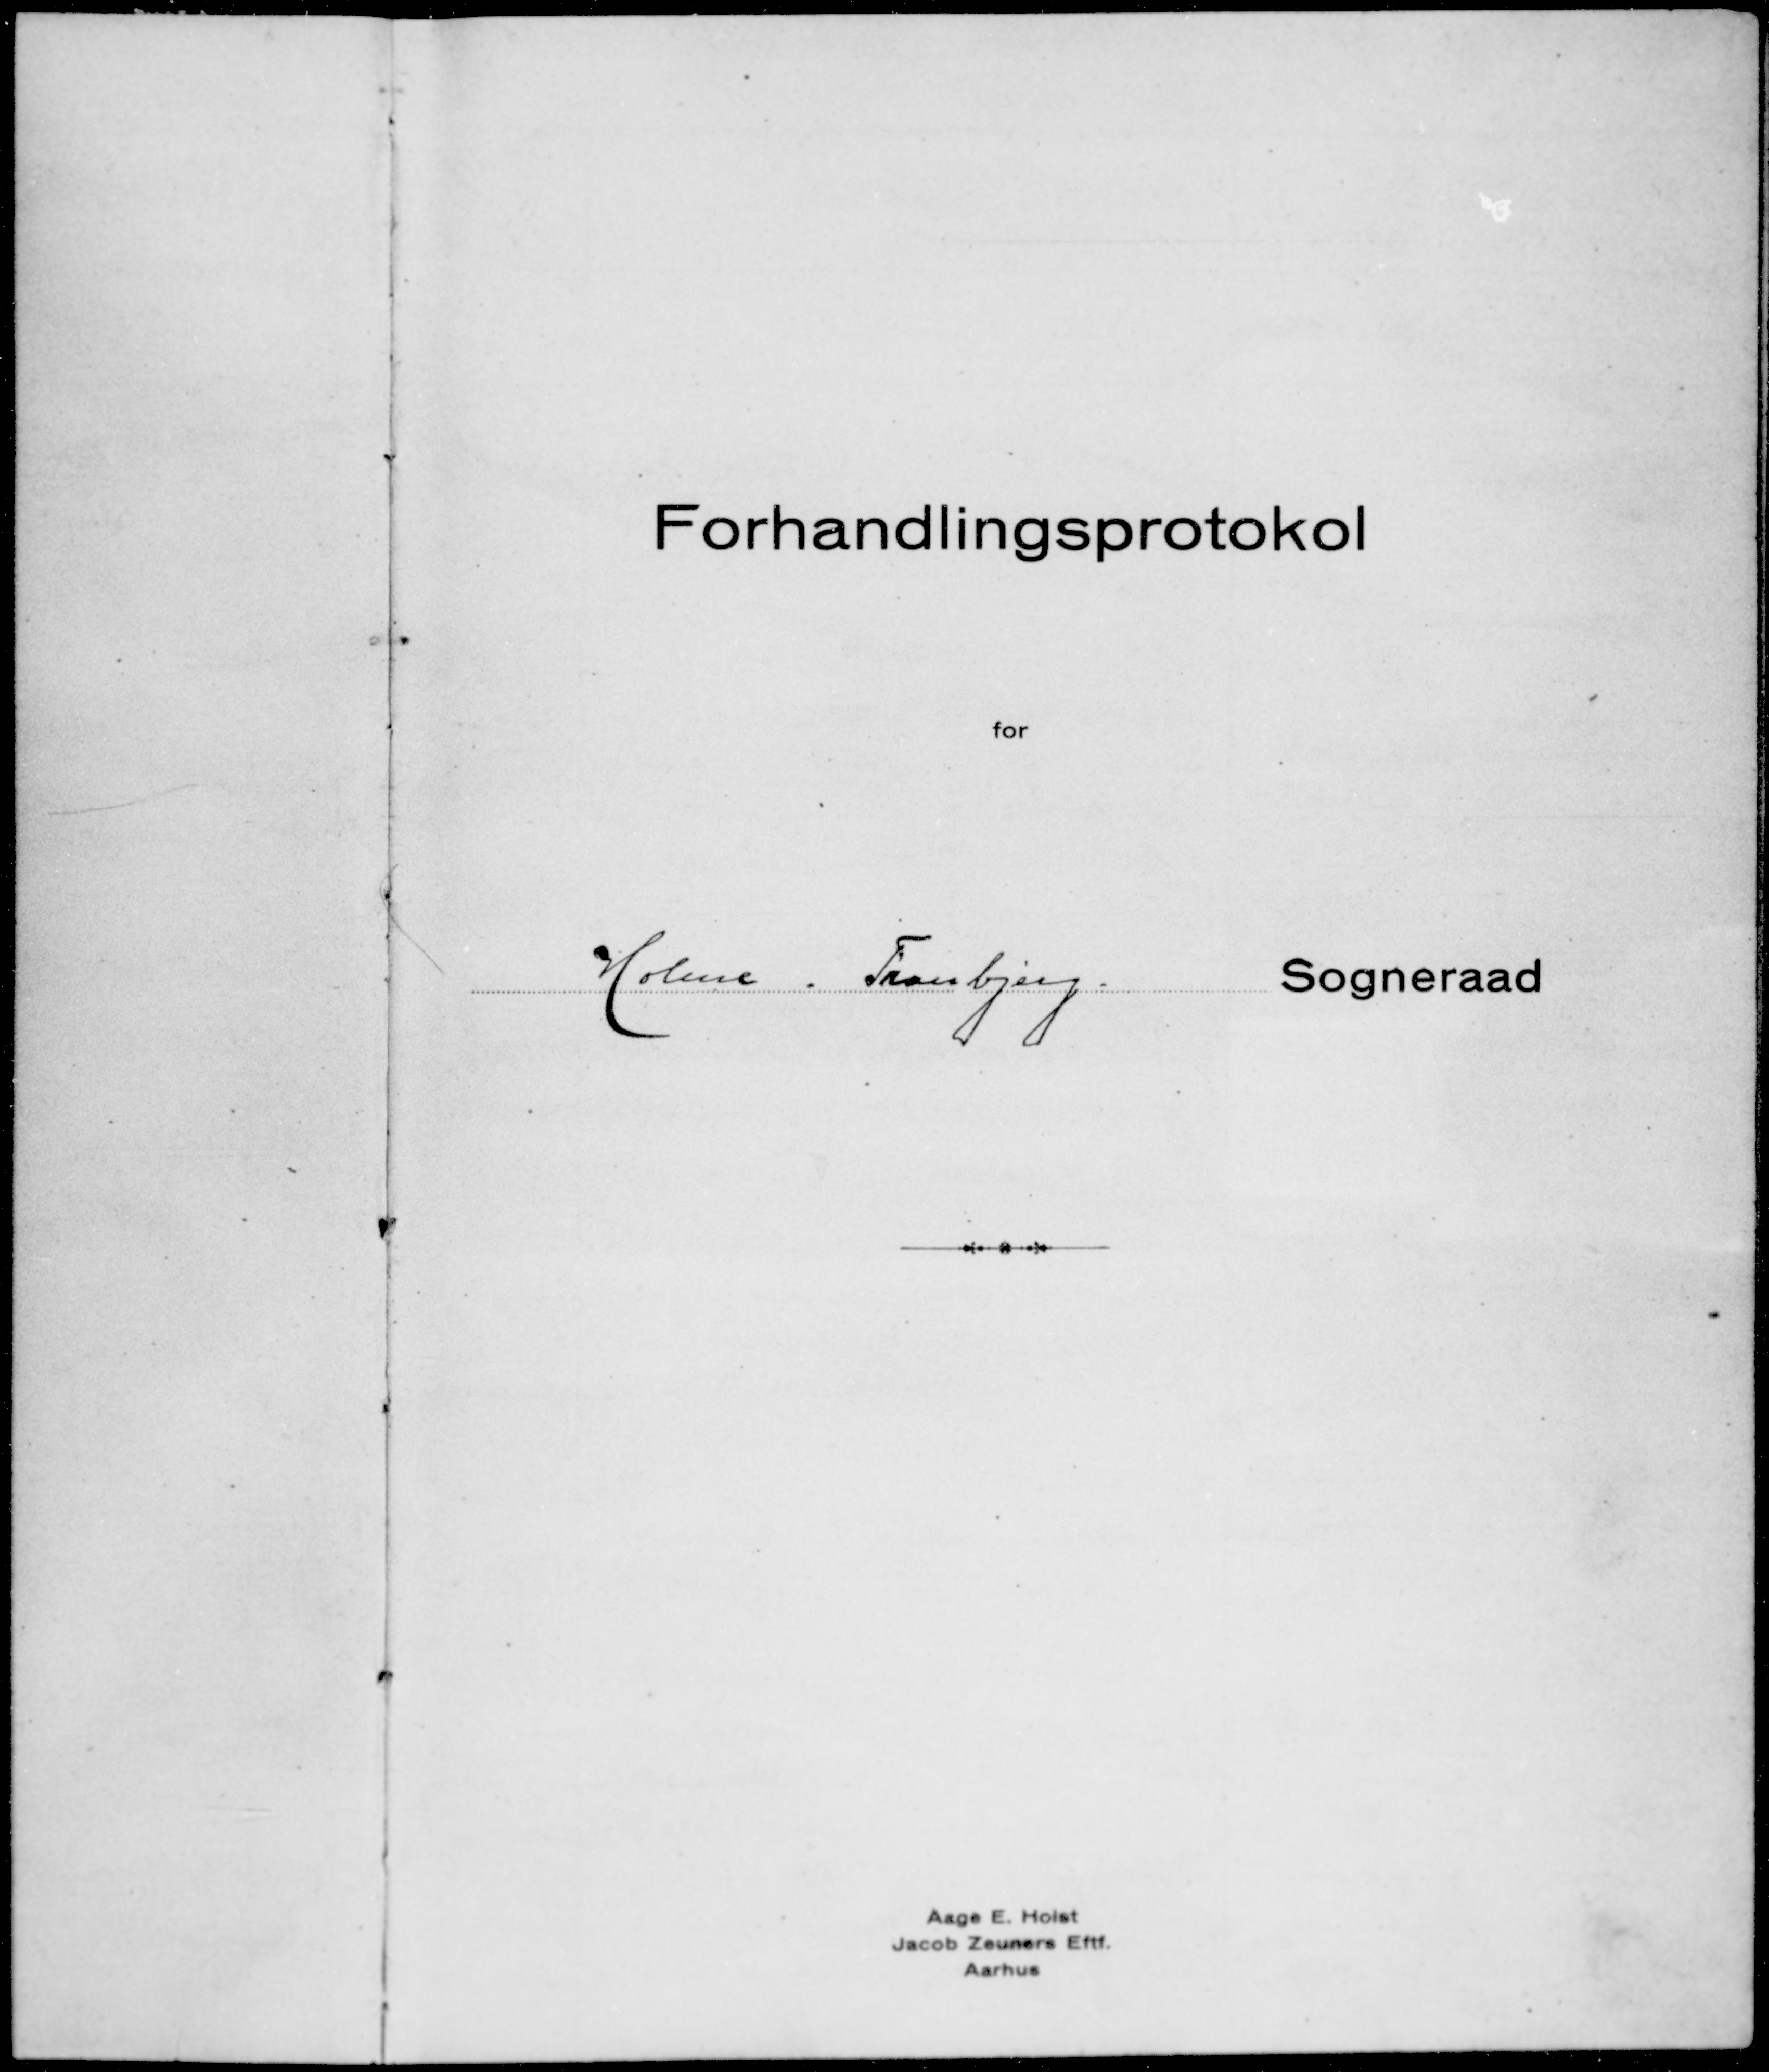
Transskription:
Holme-Tranbjerg